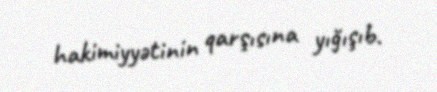
hakimiyyətinin qarşısına yığışıb.